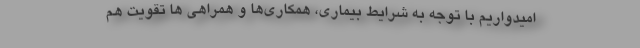
امیدواریم با توجه به شرایط بیماری، همکاری‌ها و همراهی ها تقویت هم